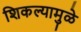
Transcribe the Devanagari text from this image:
शिकल्यामुळे